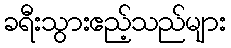
ခရီးသွားဧည့်သည်များ